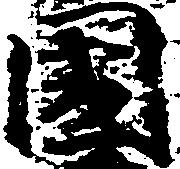
国